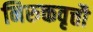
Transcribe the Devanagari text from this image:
निरुक्तवृत्तौ